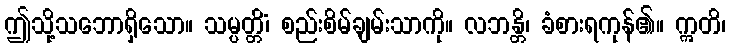
ဤသို့သဘောရှိသော။ သမ္ပတ္တိံ၊ စည်းစိမ်ချမ်းသာကို။ လဘန္တိ၊ ခံစားရကုန်၏။ ဣတိ၊